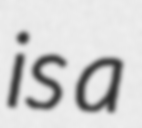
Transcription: is a